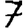
Digit: 7